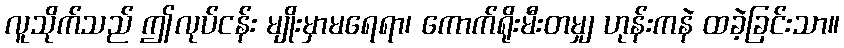
လူသိုက်သည် ဤလုပ်ငန်း မျိုးမှာမရေရာ၊ ကောက်ရိုးမီးတမျှ ဟုန်းကနဲ ထခဲ့ခြင်းသာ။